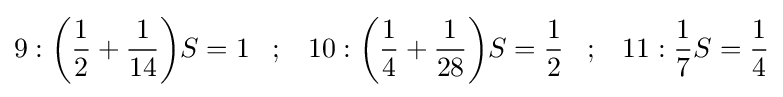
9:{\bigg (}{\frac {1}{2}}+{\frac {1}{14}}{\bigg )}S=1\;\;\;;\;\;\;10:{\bigg (}{\frac {1}{4}}+{\frac {1}{28}}{\bigg )}S={\frac {1}{2}}\;\;\;;\;\;\;11:{\frac {1}{7}}S={\frac {1}{4}}